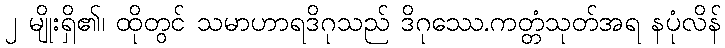
၂ မျိုးရှိ၏၊ ထိုတွင် သမာဟာရဒိဂုသည် ဒိဂုဿေ.ကတ္တံသုတ်အရ နပုံလိန်